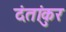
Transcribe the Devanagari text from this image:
दंतांकुर